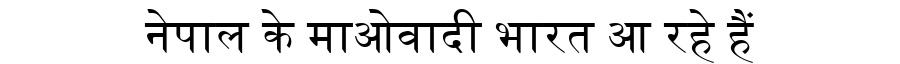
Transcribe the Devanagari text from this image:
नेपाल के माओवादी भारत आ रहे हैं